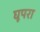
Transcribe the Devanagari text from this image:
घूपरा